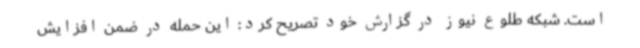
است. شبکه طلوع نیوز در گزارش خود تصریح کرد: این حمله در ضمن افزایش